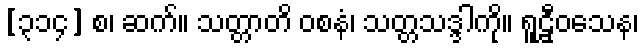
[၃၁၄] စ၊ ဆက်။ သတ္တာတိ ဝစနံ၊ သတ္တသဒ္ဒါကို။ ရူဠှီဝသေန၊